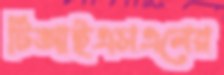
টিআইএসএলের